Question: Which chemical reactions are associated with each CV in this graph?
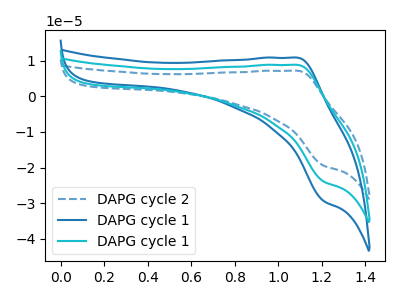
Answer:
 <answer>The blue dashed curve is labeled "DAPG cycle 2". The blue curve is labeled "DAPG cycle 1". The cyan curve is labeled "DAPG cycle 1".</answer>
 <eval></eval>